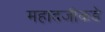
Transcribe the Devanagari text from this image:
महादजीकडे